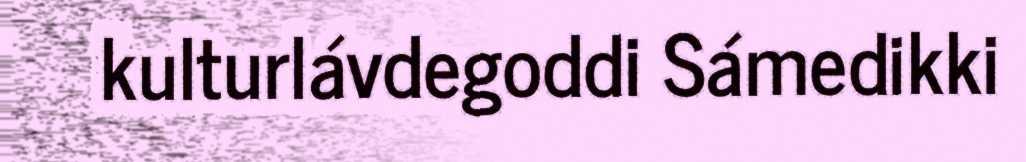
kulturlávdegoddi Sámedikki